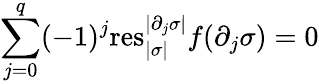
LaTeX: \sum_{j=0}^{q}(-1)^{j}\mathrm{res}_{|\sigma|}^{|\partial_{j}\sigma|}f(\partial_{j}\sigma)=0